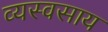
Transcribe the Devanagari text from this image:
व्यस्वसाय